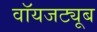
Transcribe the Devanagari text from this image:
वॉयजट्यूब